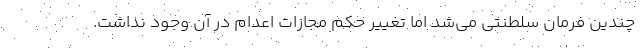
چندین فرمان سلطنتی می‌شد اما تغییر حکم مجازات اعدام در آن وجود نداشت.